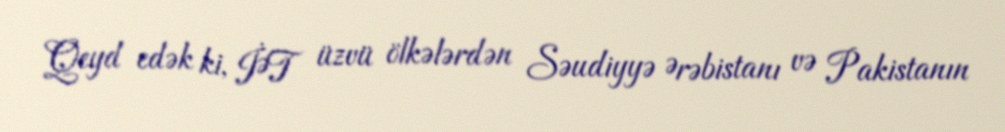
Qeyd edək ki, İƏT üzvü ölkələrdən Səudiyyə Ərəbistanı və Pakistanın